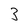
Character: 3